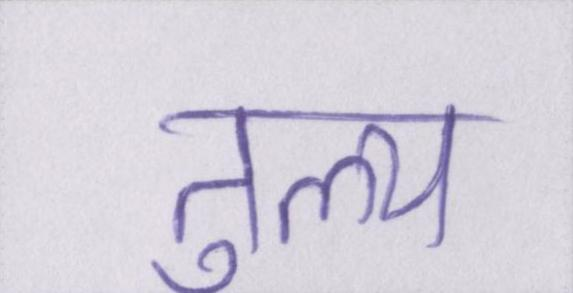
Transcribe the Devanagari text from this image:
तुल्य